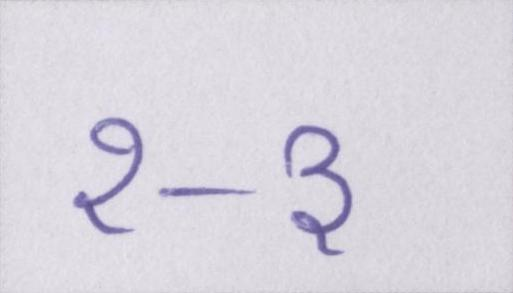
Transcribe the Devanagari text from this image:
२-३